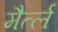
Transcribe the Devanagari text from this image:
मैर्त्ल